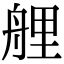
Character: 艃